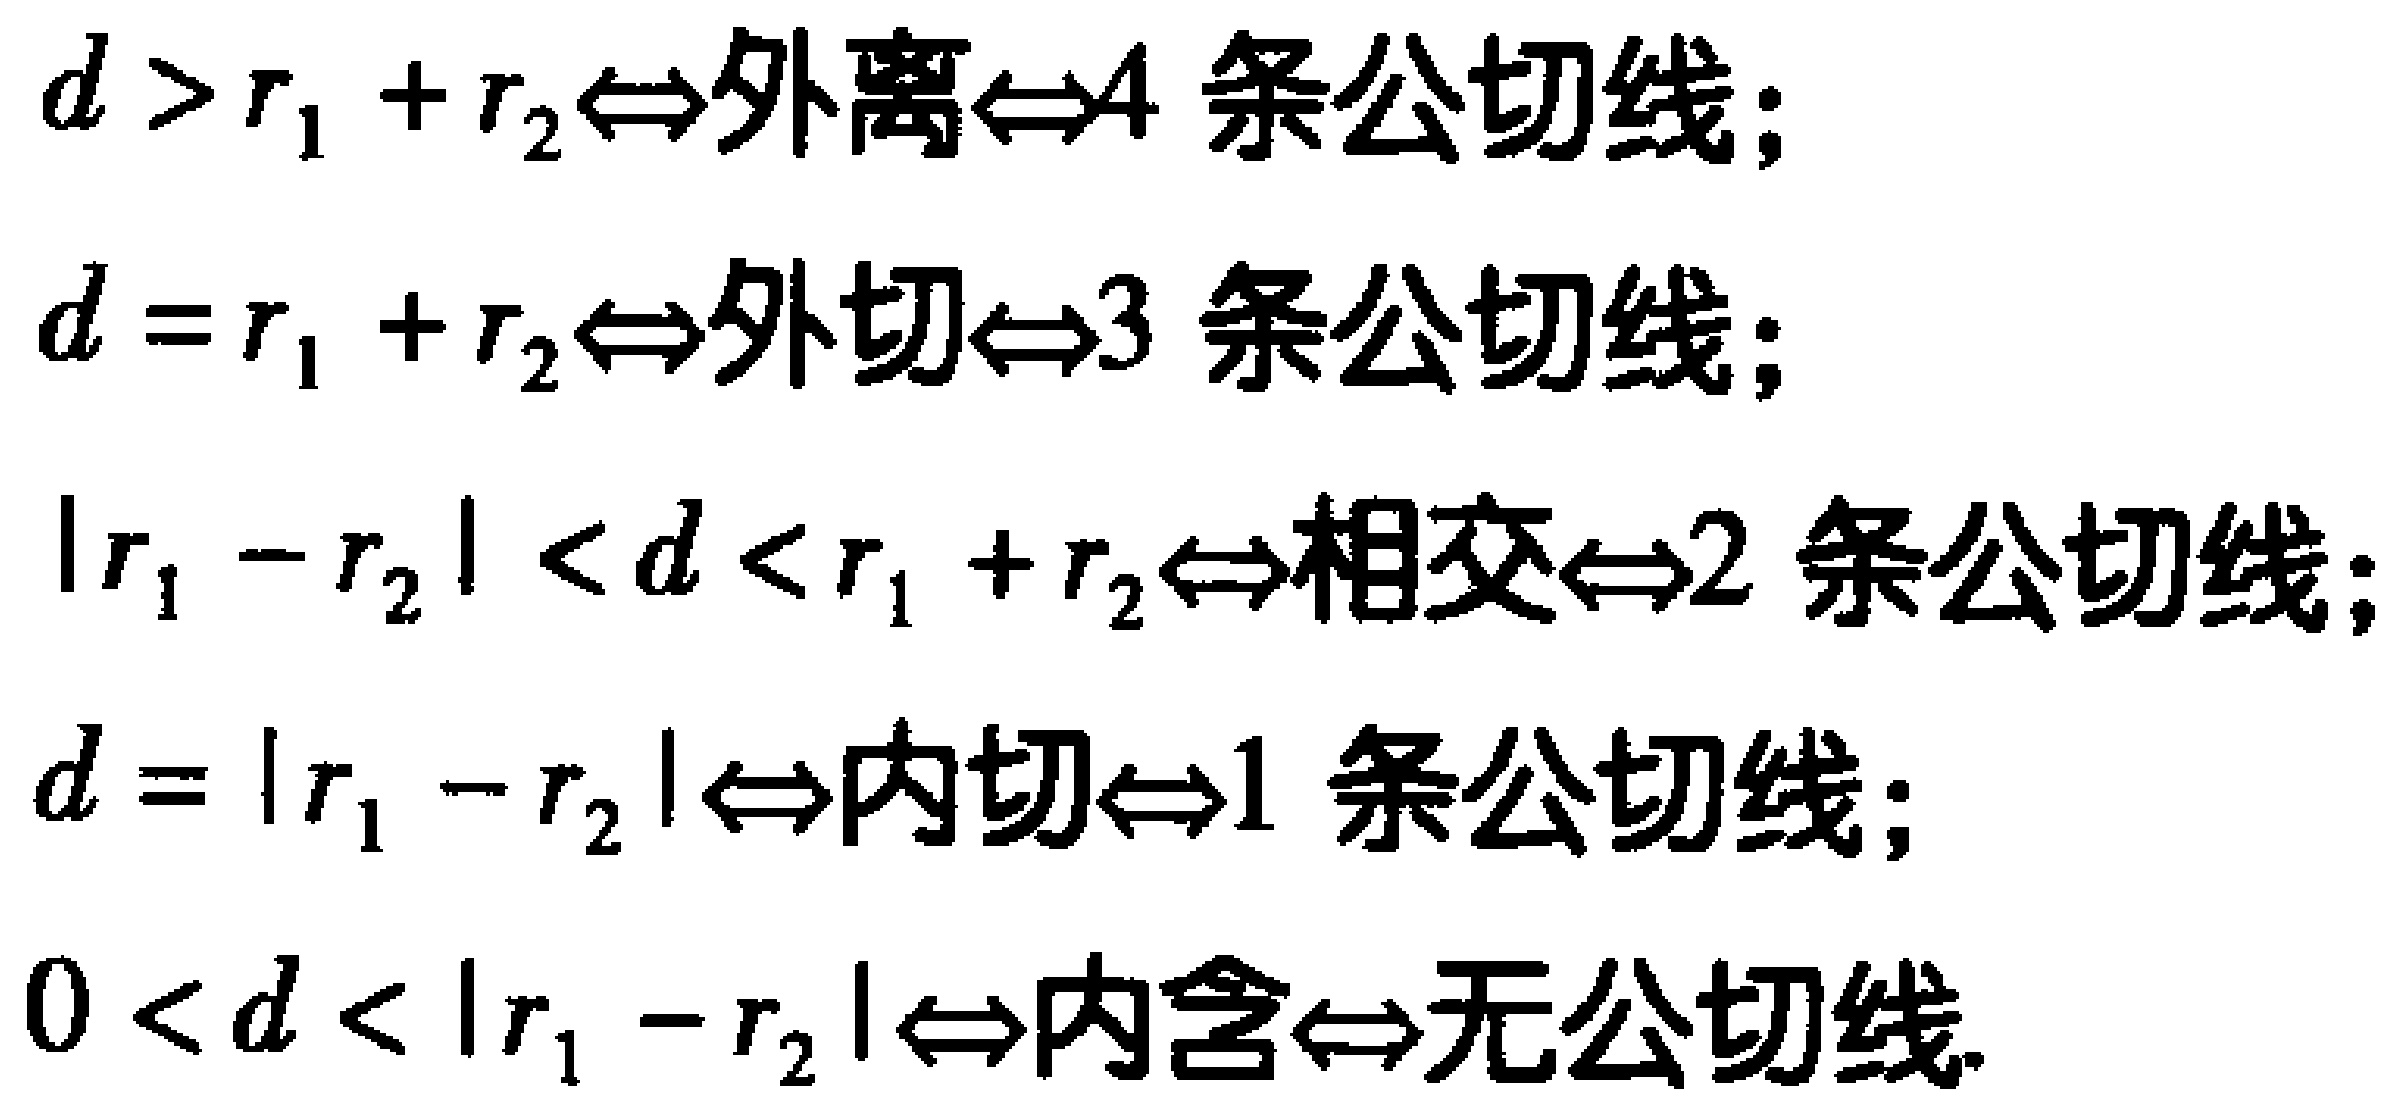
$d > r_{1} + r_{2}\Leftrightarrow 外离\Leftrightarrow 4\text{ 条公切线};\\
d = r_{1} + r_{2}\Leftrightarrow 外切\Leftrightarrow 3\text{ 条公切线};\\
|r_{1} - r_{2}| < d < r_{1} + r_{2}\Leftrightarrow 相交\Leftrightarrow 2\text{ 条公切线};\\
d = |r_{1} - r_{2}|\Leftrightarrow 内切\Leftrightarrow 1\text{ 条公切线};\\
0 < d < |r_{1} - r_{2}|\Leftrightarrow 内含\Leftrightarrow 无公切线.$